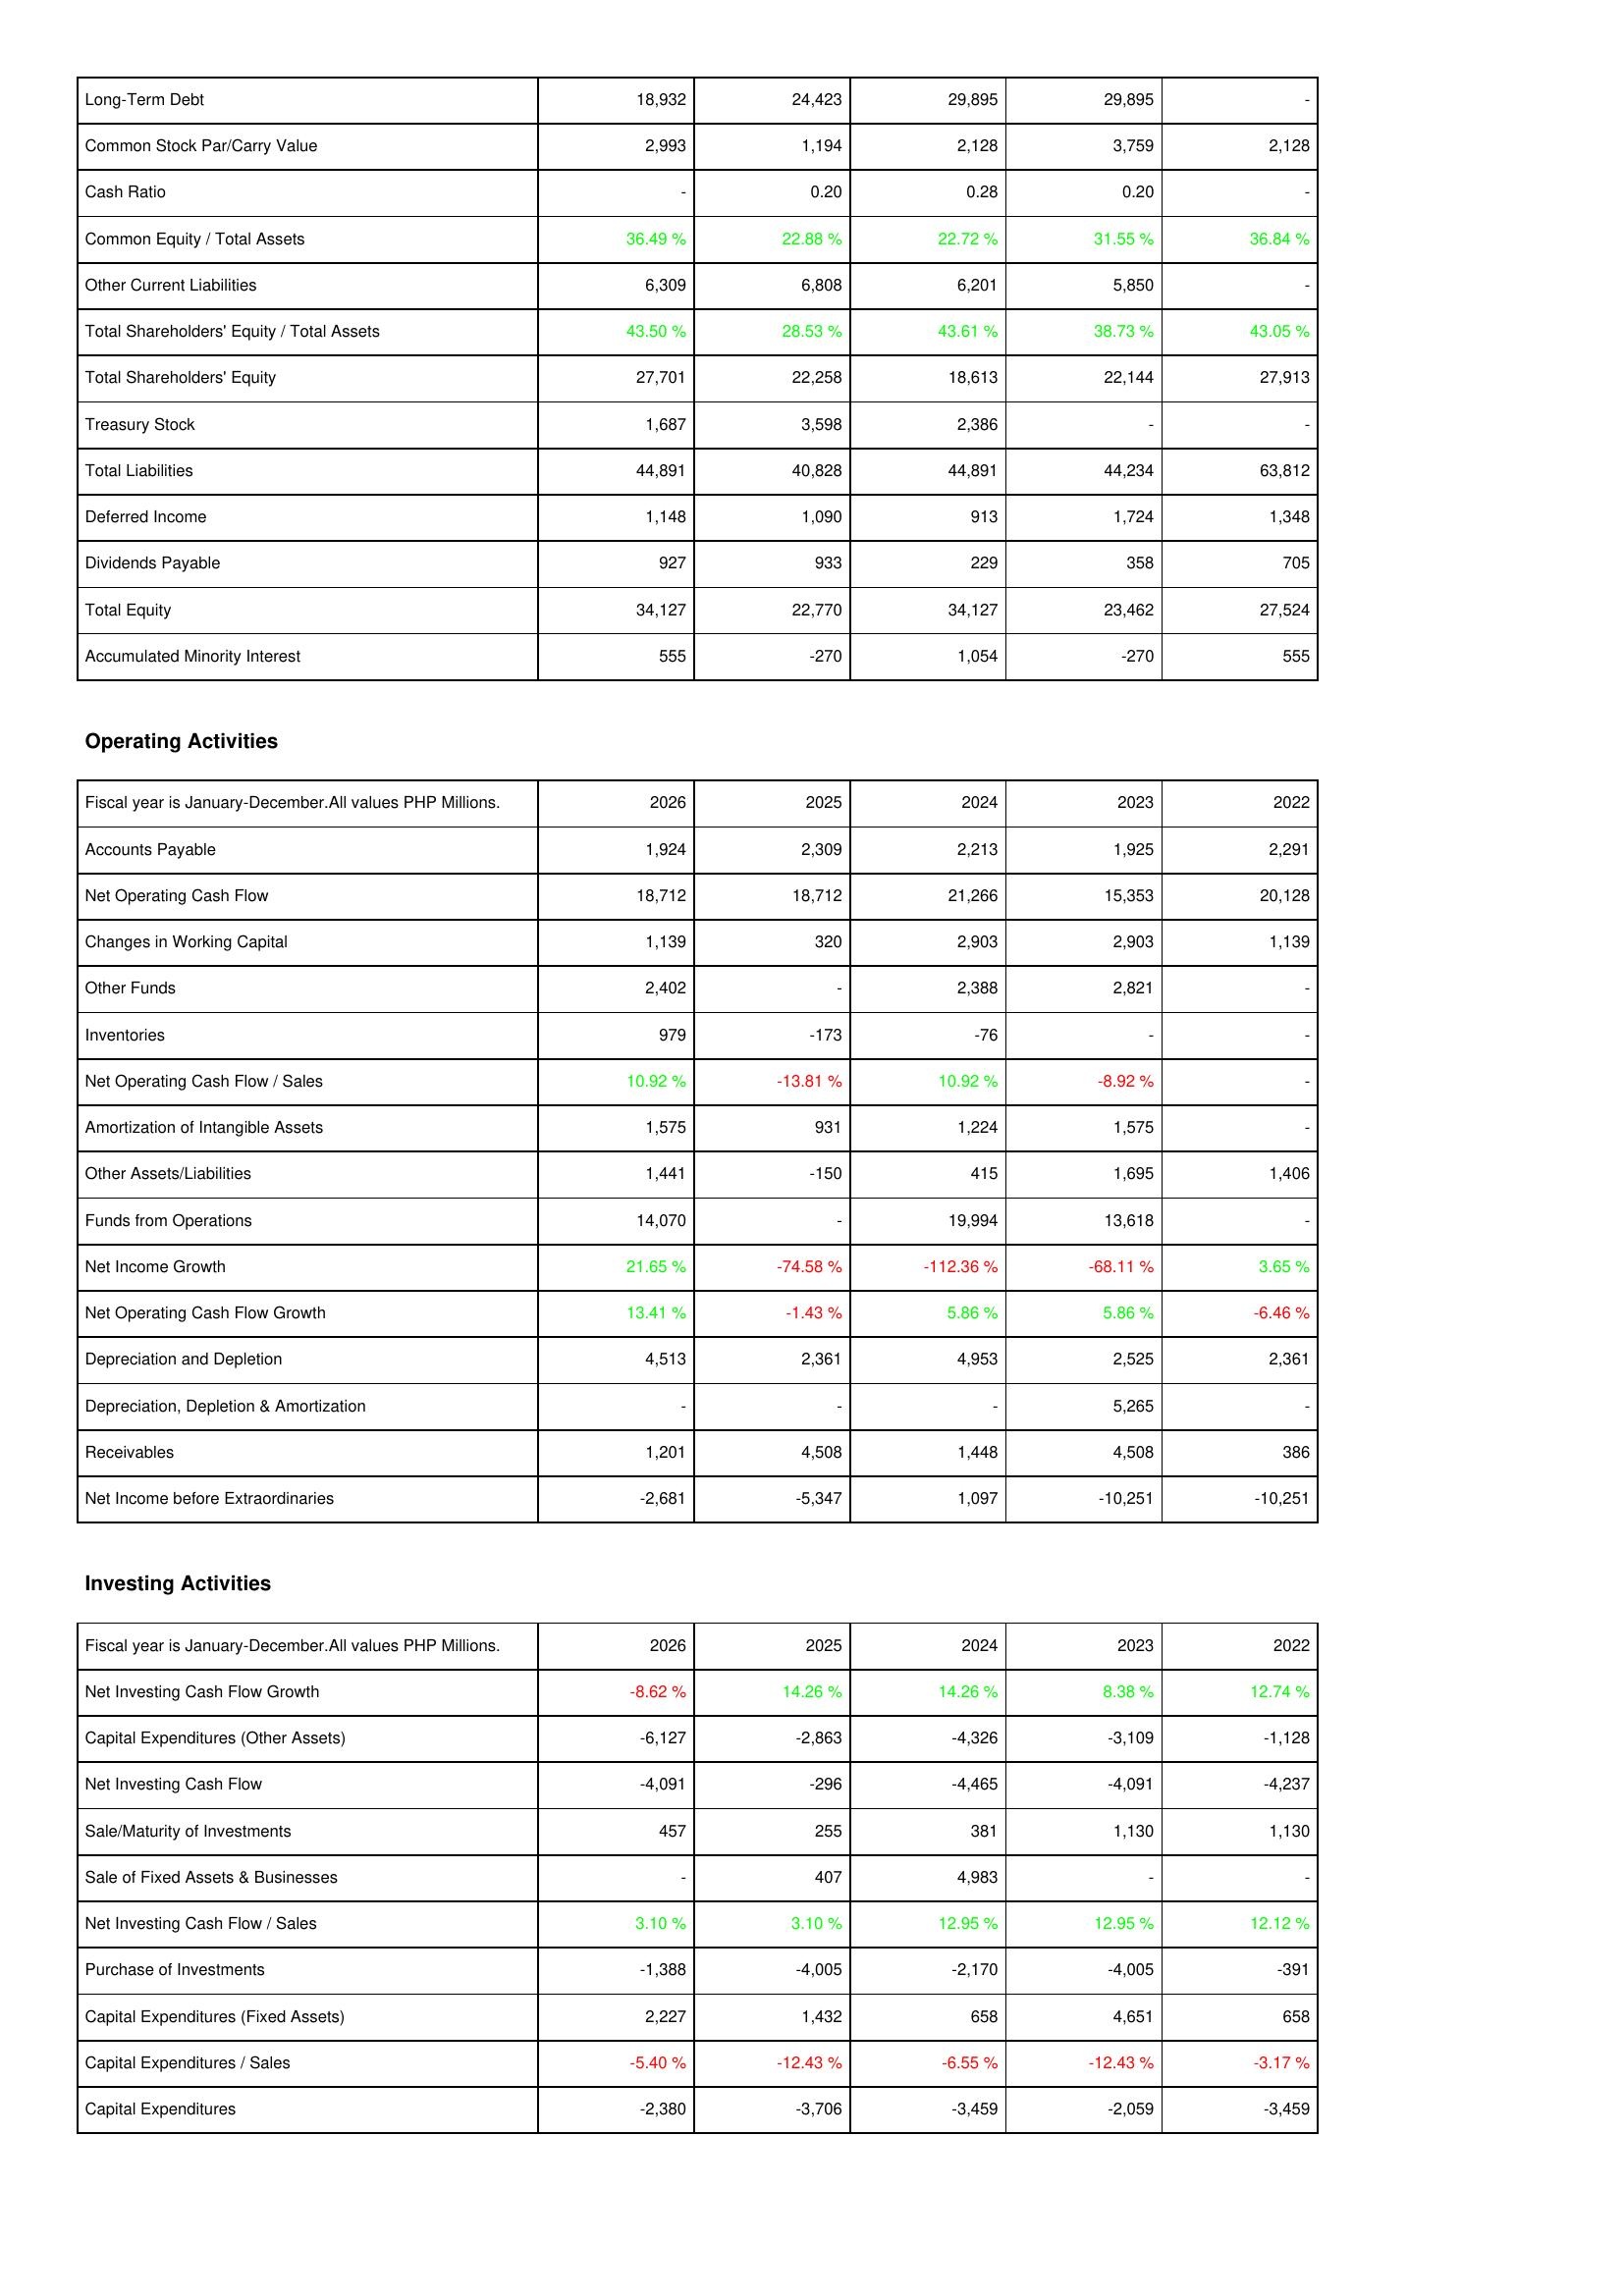
2026: Liabilities & Shareholders' Equity: Long-Term Debt: 18,932
Common Stock Par/Carry Value: 2,993
Cash Ratio: -
Common Equity / Total Assets: 36.49 %
Other Current Liabilities: 6,309
Total Shareholders' Equity / Total Assets: 43.50 %
Total Shareholders' Equity: 27,701
Treasury Stock: 1,687
Total Liabilities: 44,891
Deferred Income: 1,148
Dividends Payable: 927
Total Equity: 34,127
Accumulated Minority Interest: 555
Operating Activities: Accounts Payable: 1,924
Net Operating Cash Flow: 18,712
Changes in Working Capital: 1,139
Other Funds: 2,402
Inventories: 979
Net Operating Cash Flow / Sales: 10.92 %
Amortization of Intangible Assets: 1,575
Other Assets/Liabilities: 1,441
Funds from Operations: 14,070
Net Income Growth: 21.65 %
Net Operating Cash Flow Growth: 13.41 %
Depreciation and Depletion: 4,513
Depreciation, Depletion & Amortization: -
Receivables: 1,201
Net Income before Extraordinaries: -2,681
Investing Activities: Net Investing Cash Flow Growth: -8.62 %
Capital Expenditures (Other Assets): -6,127
Net Investing Cash Flow: -4,091
Sale/Maturity of Investments: 457
Sale of Fixed Assets & Businesses: -
Net Investing Cash Flow / Sales: 3.10 %
Purchase of Investments: -1,388
Capital Expenditures (Fixed Assets): 2,227
Capital Expenditures / Sales: -5.40 %
Capital Expenditures: -2,380
2025: Liabilities & Shareholders' Equity: Long-Term Debt: 24,423
Common Stock Par/Carry Value: 1,194
Cash Ratio: 0.20
Common Equity / Total Assets: 22.88 %
Other Current Liabilities: 6,808
Total Shareholders' Equity / Total Assets: 28.53 %
Total Shareholders' Equity: 22,258
Treasury Stock: 3,598
Total Liabilities: 40,828
Deferred Income: 1,090
Dividends Payable: 933
Total Equity: 22,770
Accumulated Minority Interest: -270
Operating Activities: Accounts Payable: 2,309
Net Operating Cash Flow: 18,712
Changes in Working Capital: 320
Other Funds: -
Inventories: -173
Net Operating Cash Flow / Sales: -13.81 %
Amortization of Intangible Assets: 931
Other Assets/Liabilities: -150
Funds from Operations: -
Net Income Growth: -74.58 %
Net Operating Cash Flow Growth: -1.43 %
Depreciation and Depletion: 2,361
Depreciation, Depletion & Amortization: -
Receivables: 4,508
Net Income before Extraordinaries: -5,347
Investing Activities: Net Investing Cash Flow Growth: 14.26 %
Capital Expenditures (Other Assets): -2,863
Net Investing Cash Flow: -296
Sale/Maturity of Investments: 255
Sale of Fixed Assets & Businesses: 407
Net Investing Cash Flow / Sales: 3.10 %
Purchase of Investments: -4,005
Capital Expenditures (Fixed Assets): 1,432
Capital Expenditures / Sales: -12.43 %
Capital Expenditures: -3,706
2024: Liabilities & Shareholders' Equity: Long-Term Debt: 29,895
Common Stock Par/Carry Value: 2,128
Cash Ratio: 0.28
Common Equity / Total Assets: 22.72 %
Other Current Liabilities: 6,201
Total Shareholders' Equity / Total Assets: 43.61 %
Total Shareholders' Equity: 18,613
Treasury Stock: 2,386
Total Liabilities: 44,891
Deferred Income: 913
Dividends Payable: 229
Total Equity: 34,127
Accumulated Minority Interest: 1,054
Operating Activities: Accounts Payable: 2,213
Net Operating Cash Flow: 21,266
Changes in Working Capital: 2,903
Other Funds: 2,388
Inventories: -76
Net Operating Cash Flow / Sales: 10.92 %
Amortization of Intangible Assets: 1,224
Other Assets/Liabilities: 415
Funds from Operations: 19,994
Net Income Growth: -112.36 %
Net Operating Cash Flow Growth: 5.86 %
Depreciation and Depletion: 4,953
Depreciation, Depletion & Amortization: -
Receivables: 1,448
Net Income before Extraordinaries: 1,097
Investing Activities: Net Investing Cash Flow Growth: 14.26 %
Capital Expenditures (Other Assets): -4,326
Net Investing Cash Flow: -4,465
Sale/Maturity of Investments: 381
Sale of Fixed Assets & Businesses: 4,983
Net Investing Cash Flow / Sales: 12.95 %
Purchase of Investments: -2,170
Capital Expenditures (Fixed Assets): 658
Capital Expenditures / Sales: -6.55 %
Capital Expenditures: -3,459
2023: Liabilities & Shareholders' Equity: Long-Term Debt: 29,895
Common Stock Par/Carry Value: 3,759
Cash Ratio: 0.20
Common Equity / Total Assets: 31.55 %
Other Current Liabilities: 5,850
Total Shareholders' Equity / Total Assets: 38.73 %
Total Shareholders' Equity: 22,144
Treasury Stock: -
Total Liabilities: 44,234
Deferred Income: 1,724
Dividends Payable: 358
Total Equity: 23,462
Accumulated Minority Interest: -270
Operating Activities: Accounts Payable: 1,925
Net Operating Cash Flow: 15,353
Changes in Working Capital: 2,903
Other Funds: 2,821
Inventories: -
Net Operating Cash Flow / Sales: -8.92 %
Amortization of Intangible Assets: 1,575
Other Assets/Liabilities: 1,695
Funds from Operations: 13,618
Net Income Growth: -68.11 %
Net Operating Cash Flow Growth: 5.86 %
Depreciation and Depletion: 2,525
Depreciation, Depletion & Amortization: 5,265
Receivables: 4,508
Net Income before Extraordinaries: -10,251
Investing Activities: Net Investing Cash Flow Growth: 8.38 %
Capital Expenditures (Other Assets): -3,109
Net Investing Cash Flow: -4,091
Sale/Maturity of Investments: 1,130
Sale of Fixed Assets & Businesses: -
Net Investing Cash Flow / Sales: 12.95 %
Purchase of Investments: -4,005
Capital Expenditures (Fixed Assets): 4,651
Capital Expenditures / Sales: -12.43 %
Capital Expenditures: -2,059
2022: Liabilities & Shareholders' Equity: Long-Term Debt: -
Common Stock Par/Carry Value: 2,128
Cash Ratio: -
Common Equity / Total Assets: 36.84 %
Other Current Liabilities: -
Total Shareholders' Equity / Total Assets: 43.05 %
Total Shareholders' Equity: 27,913
Treasury Stock: -
Total Liabilities: 63,812
Deferred Income: 1,348
Dividends Payable: 705
Total Equity: 27,524
Accumulated Minority Interest: 555
Operating Activities: Accounts Payable: 2,291
Net Operating Cash Flow: 20,128
Changes in Working Capital: 1,139
Other Funds: -
Inventories: -
Net Operating Cash Flow / Sales: -
Amortization of Intangible Assets: -
Other Assets/Liabilities: 1,406
Funds from Operations: -
Net Income Growth: 3.65 %
Net Operating Cash Flow Growth: -6.46 %
Depreciation and Depletion: 2,361
Depreciation, Depletion & Amortization: -
Receivables: 386
Net Income before Extraordinaries: -10,251
Investing Activities: Net Investing Cash Flow Growth: 12.74 %
Capital Expenditures (Other Assets): -1,128
Net Investing Cash Flow: -4,237
Sale/Maturity of Investments: 1,130
Sale of Fixed Assets & Businesses: -
Net Investing Cash Flow / Sales: 12.12 %
Purchase of Investments: -391
Capital Expenditures (Fixed Assets): 658
Capital Expenditures / Sales: -3.17 %
Capital Expenditures: -3,459